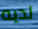
لديه